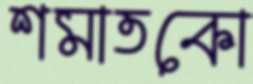
শমাতকো